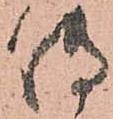
傳